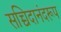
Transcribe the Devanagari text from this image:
सच्चिदानंदरूप